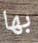
بها